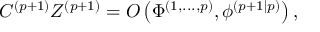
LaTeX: C ^ { ( p + 1 ) } Z ^ { ( p + 1 ) } = O \left( \Phi ^ { \left( 1 , . . . , p \right) } , \phi ^ { \left( p + 1 | p \right) } \right) , \;